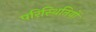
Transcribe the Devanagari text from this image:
परिस्‍िथतियों